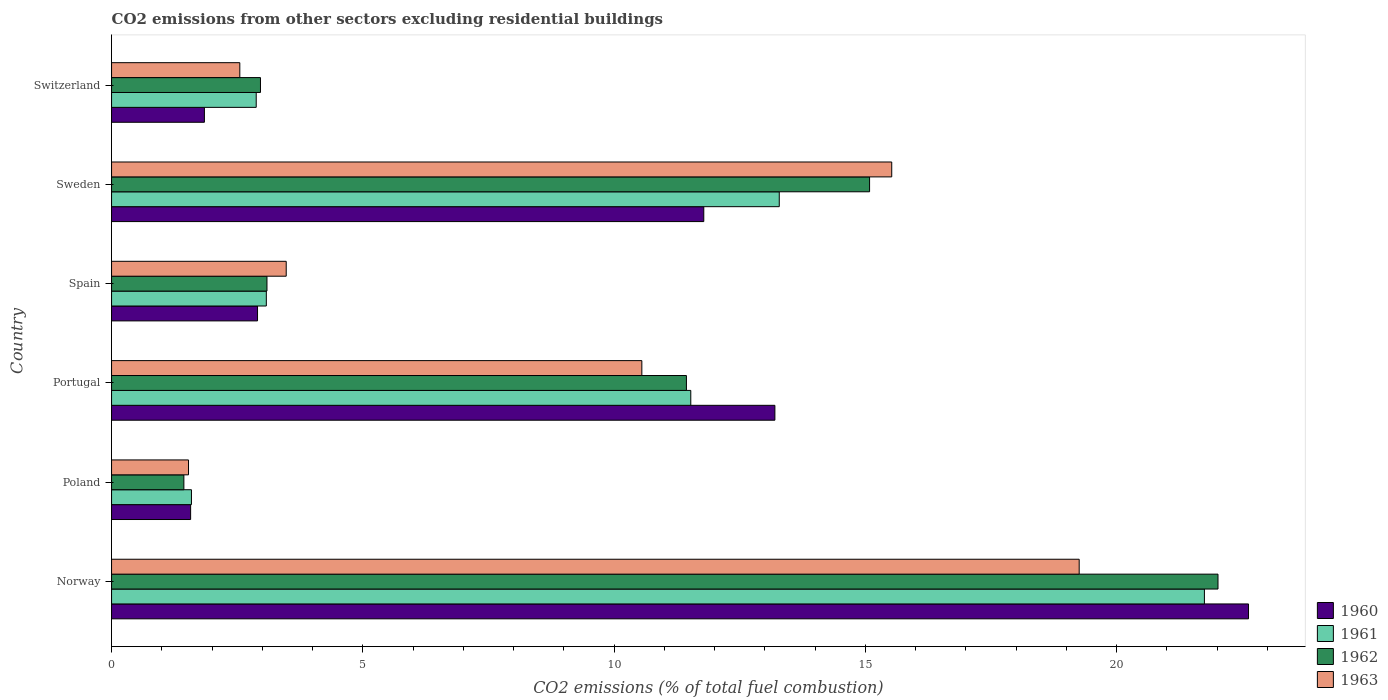
| Country | 1960 | 1961 | 1962 | 1963 |
 | --- | --- | --- | --- | --- |
 | Norway | 22.6 | 21.7 | 22 | 19.3 |
 | Poland | 1.57 | 1.59 | 1.44 | 1.53 |
 | Portugal | 13.2 | 11.5 | 11.4 | 10.6 |
 | Spain | 2.91 | 3.08 | 3.09 | 3.48 |
 | Sweden | 11.8 | 13.3 | 15.1 | 15.5 |
 | Switzerland | 1.85 | 2.88 | 2.96 | 2.55 |